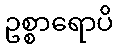
ဥစ္စာရောပိ